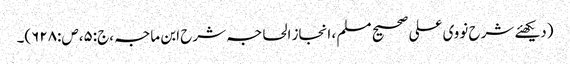
(دیکھئے شرح نووی علی صحیح مسلم ، انجاز الحاجہ شرح ابن ماجہ ،ج:۵،ص:۶۲۸)۔